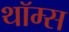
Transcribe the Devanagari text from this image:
थॉम्स